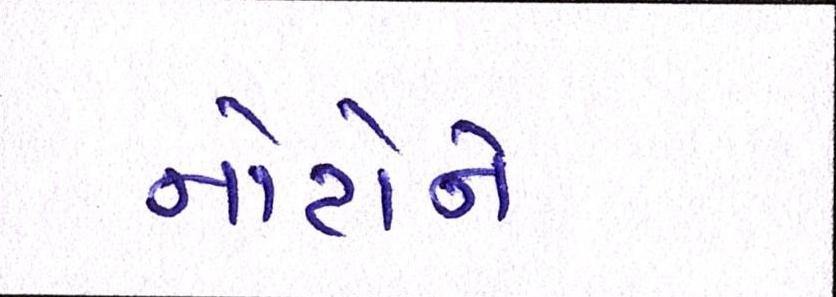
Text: નોટોને